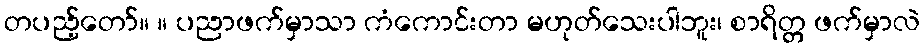
တပည့်တော်။ ။ ပညာဖက်မှာသာ ကံကောင်းတာ မဟုတ်သေးပါဘူး၊ စာရိတ္တ ဖက်မှာလဲ